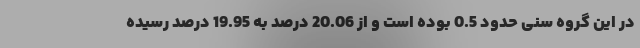
در این گروه سنی حدود 0.5 بوده است و از 20.06 درصد به 19.95 درصد رسیده